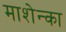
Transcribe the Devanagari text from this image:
माशेन्का